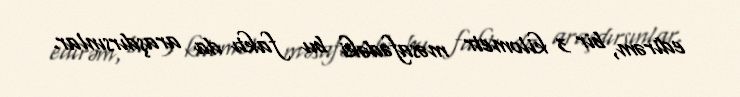
edirəm, bir 3 kilometr məsafədəki bu faktı da araşdırsınlar.